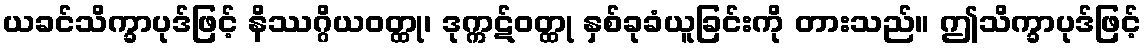
ယခင်သိက္ခာပုဒ်ဖြင့် နိဿဂ္ဂိယဝတ္ထု၊ ဒုက္ကဋ်ဝတ္ထု နှစ်ခုခံယူခြင်းကို တားသည်။ ဤသိက္ခာပုဒ်ဖြင့်